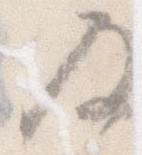
及